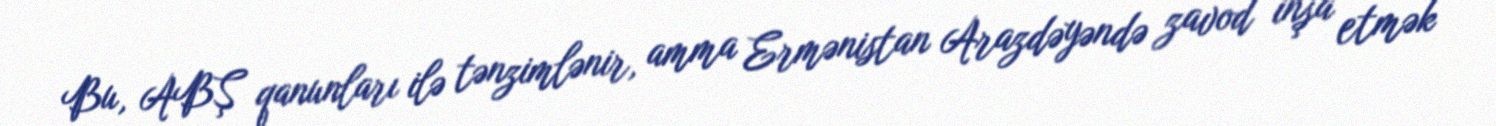
Bu, ABŞ qanunları ilə tənzimlənir, amma Ermənistan Arazdəyəndə zavod inşa etmək